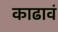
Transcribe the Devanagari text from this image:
काढावं